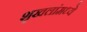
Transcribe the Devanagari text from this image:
शृखलांमध्ये